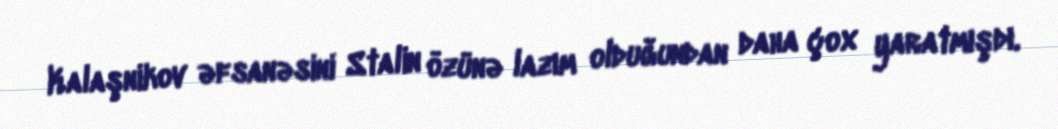
Kalaşnikov əfsanəsini Stalin özünə lazım olduğundan daha çox yaratmışdı.